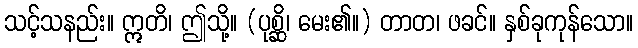
သင့်သနည်း။ ဣတိ၊ ဤသို့။ (ပုစ္ဆိ၊ မေး၏။) တာတ၊ ဖခင်။ နှစ်ခုကုန်သော။